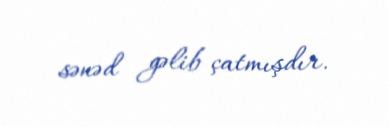
sənəd gəlib çatmışdır.